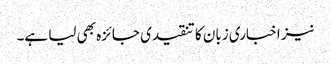
نیز اخباری زبان کا تنقیدی جائزہ بھی لیا ہے۔